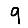
Digit: 9